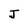
Character: J